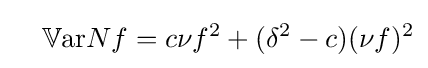
\quad \mathbb {V} {\text{ar}}Nf=c\nu f^{2}+(\delta ^{2}-c)(\nu f)^{2}